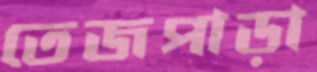
তেজপাড়া